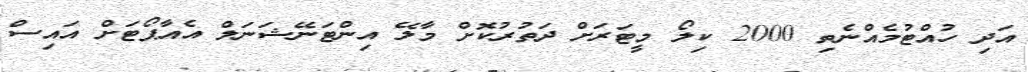
އަދި ހުއްޓުމެއްނެތި 2000 ކިލޯ މީޓަރަށް ދަތުރުކޮށް މާލޭ އިންޓަނޭޝަނަލް އެއާޕޯޓަށް އައިސް